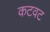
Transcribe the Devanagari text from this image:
कटवट